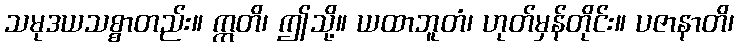
သမုဒယသစ္စာတည်း။ ဣတိ၊ ဤသို့။ ယထာဘူတံ၊ ဟုတ်မှန်တိုင်း။ ပဇာနာတိ၊